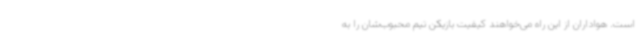
است. هواداران از این راه می‌خواهند کیفیت بازیکن تیم محبوب‌شان را به